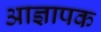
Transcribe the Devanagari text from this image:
आज्ञापक